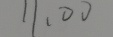
1 1 . 0 0